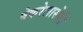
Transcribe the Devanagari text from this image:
बेकरेलासेही